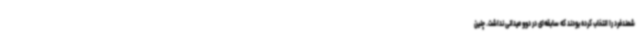
شمندفرد را انتخاب کرده بودند که سابقه‌ای در دوو میدانی نداشت. چنین